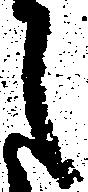
月